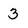
Character: 3